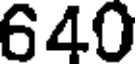
640